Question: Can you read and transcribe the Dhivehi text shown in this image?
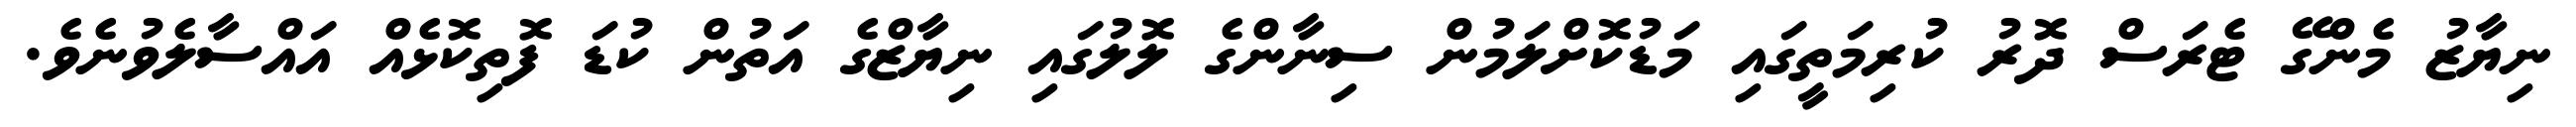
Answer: ނިޔާޒު މެންގޭ ޓެރަސް ދޮރު ކުރިމަތީގައި މަޑުކޮށްލަމުން ސިނާންގެ ލޮލުގައި ނިޔާޒްގެ އަތުން ކުޑަ ފޮތިކޮޅެއް އައްސާލެވުނެވެ.